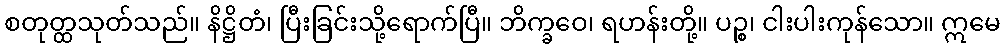
စတုတ္ထသုတ်သည်။ နိဋ္ဌိတံ၊ ပြီးခြင်းသို့ရောက်ပြီ။ ဘိက္ခဝေ၊ ရဟန်းတို့။ ပဉ္စ၊ ငါးပါးကုန်သော။ ဣမေ